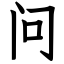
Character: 问